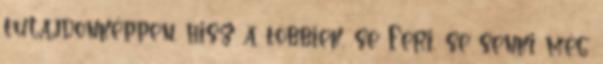
tulajdonképpen, hisz a többiek, se Feri, se senki még